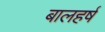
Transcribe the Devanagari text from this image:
बालहर्ष